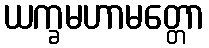
ယက္ခမဟာမတ္တော